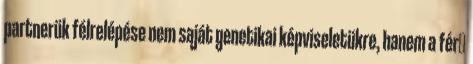
partnerük félrelépése nem saját genetikai képviseletükre, hanem a férﬁ